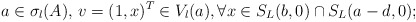
\begin{align*} a\in \sigma_l(A),\,v=(1,x)^T\in V_l(a), \forall x\in S_L(b,0)\cap S_L(a-d,0);\end{align*}